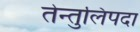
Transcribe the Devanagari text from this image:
तेन्तुलिपदा